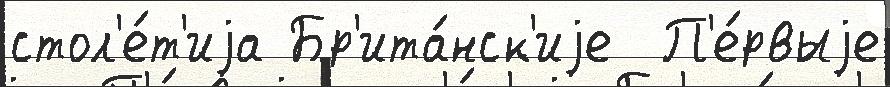
стол'е́т'иjа Бр'ита́нск'иjе  П'е́рвыjе